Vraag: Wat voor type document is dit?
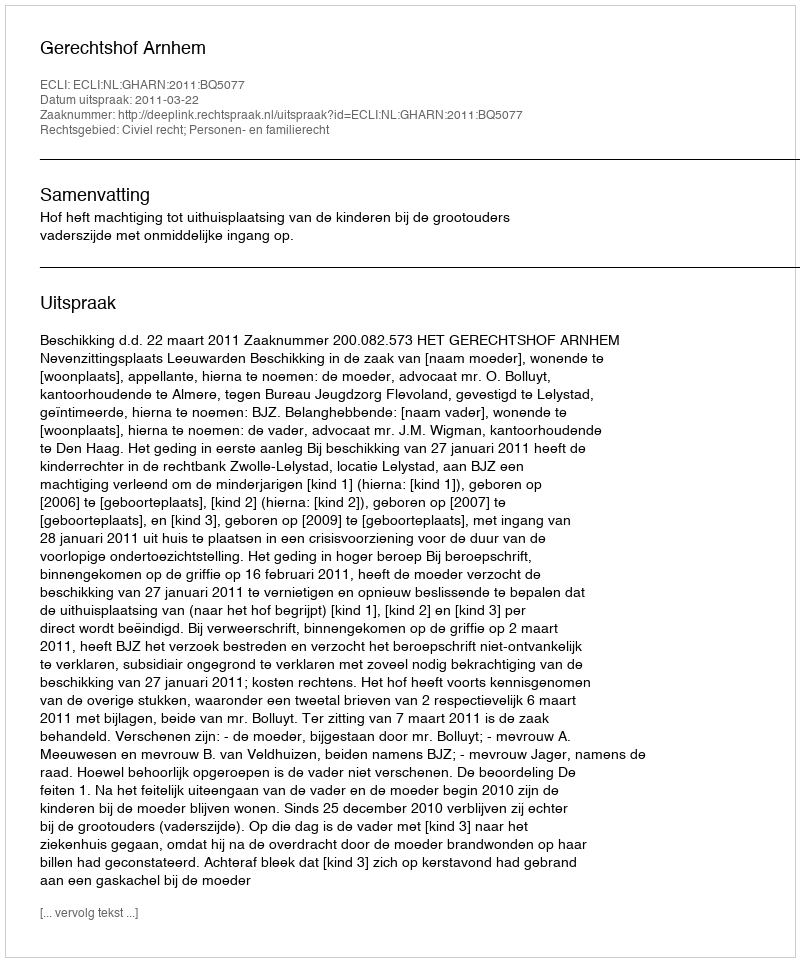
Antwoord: Uitspraak